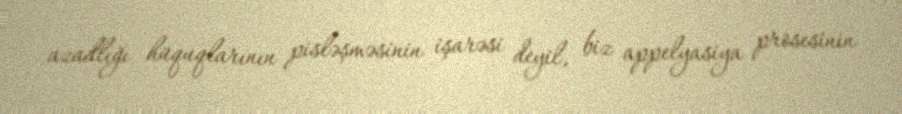
azadlığı hüquqlarının pisləşməsinin işarəsi deyil, biz appelyasiya prosesinin